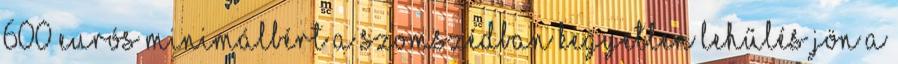
600 eurós minimálbért a szomszédban Kegyetlen lehűlés jön a